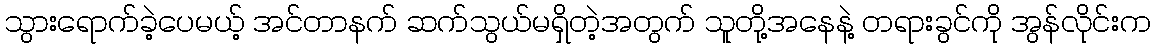
သွားရောက်ခဲ့ပေမယ့် အင်တာနက် ဆက်သွယ်မရှိတဲ့အတွက် သူတို့အနေနဲ့ တရားခွင်ကို အွန်လိုင်းက